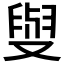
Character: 𠭭